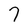
Character: 7